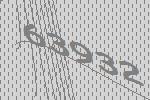
63932